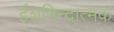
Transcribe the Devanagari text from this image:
ईशनिन्दात्मक